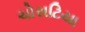
ચોસટિયા